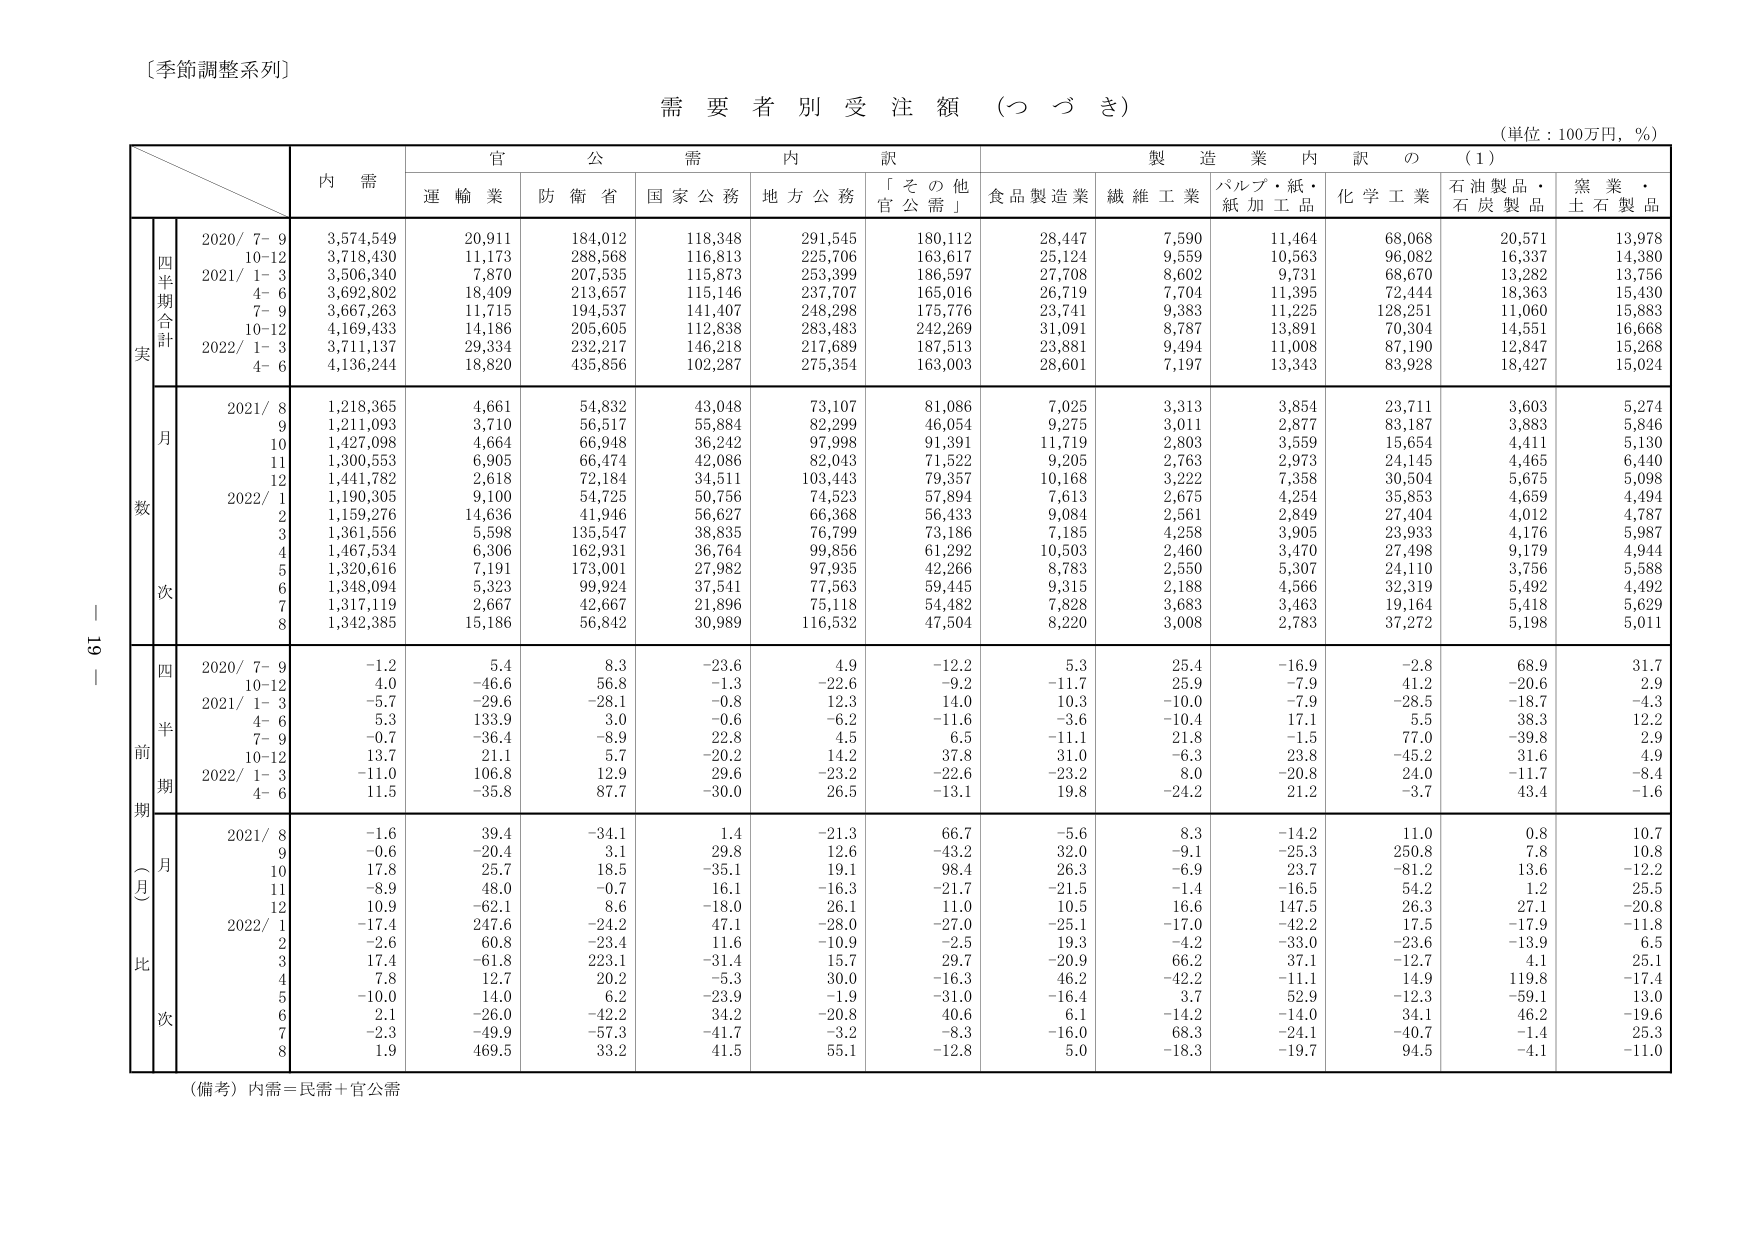
〔季節調整系列〕

需要者別受注額（つづき）

（単位：100万円，％）

内 需
官 公 需 内 訳
製 造 業 内 訳 の （1）

運 輸 業
防 衛 省
国 家 公 務
地 方 公 務
「そ の 他
官 公 需」
食 品 製 造 業
繊 維 工 業
パルプ・紙・
紙 加 工 品
化 学 工 業
石 油 製 品・
石 炭 製 品
窯 業・
土 石 製 品

四半期合計
実
2020/ 7–9
3,574,549
20,911
184,012
118,348
291,545
180,112
28,447
7,590
11,464
68,068
20,571
13,978
10–12
3,718,430
11,173
288,568
116,813
225,706
163,617
25,124
9,559
10,563
96,082
16,337
14,380
2021/ 1–3
3,506,340
7,870
207,535
115,873
253,399
186,597
27,708
8,602
9,731
68,670
13,282
13,756
4–6
3,692,802
18,409
213,657
115,146
237,707
165,016
26,719
7,704
11,395
72,444
18,363
15,430
7–9
3,667,263
11,715
194,537
141,407
248,298
175,776
23,741
9,383
11,225
128,251
11,060
15,883
10–12
4,169,433
14,186
205,605
112,838
283,483
242,269
31,091
8,787
13,891
70,304
14,551
16,668
2022/ 1–3
3,711,137
29,334
232,217
146,218
217,689
187,513
23,881
9,494
11,008
87,190
12,847
15,268
4–6
4,136,244
18,820
435,856
102,287
275,354
163,003
28,601
7,197
13,343
83,928
18,427
15,024

月
数
2021/ 8
1,218,365
4,661
54,832
43,048
73,107
81,086
7,025
3,313
3,854
23,711
3,603
5,274
9
1,211,093
3,710
56,517
55,884
82,299
46,054
9,275
3,011
2,877
83,187
3,883
5,846
10
1,427,098
4,664
66,948
36,242
97,998
91,391
11,719
2,803
3,559
15,654
4,411
5,130
11
1,300,553
6,905
66,474
42,086
82,043
71,522
9,205
2,763
2,973
24,145
4,465
6,440
12
1,441,782
2,618
72,184
34,511
103,443
79,357
10,168
3,222
7,358
30,504
5,675
5,098
2022/ 1
1,190,305
9,100
54,725
50,756
74,523
57,894
7,613
2,675
4,254
35,853
4,659
4,494
2
1,159,276
14,636
41,946
56,627
66,368
56,433
9,084
2,561
2,849
27,404
4,012
4,787
3
1,361,556
5,598
135,547
38,835
76,799
73,186
7,185
4,258
3,905
23,933
4,176
5,987
4
1,467,534
6,306
162,931
36,764
99,856
61,292
10,503
2,460
3,470
27,498
9,179
4,944
5
1,320,616
7,191
173,001
27,982
97,935
42,266
8,783
2,550
5,307
24,110
3,756
5,588
6
1,348,094
5,323
99,924
37,541
77,563
59,445
9,315
2,188
4,566
32,319
5,492
4,492
7
1,317,119
2,667
42,667
21,896
75,118
54,482
7,828
3,683
3,463
19,164
5,418
5,629
8
1,342,385
15,186
56,842
30,989
116,532
47,504
8,220
3,008
2,783
37,272
5,198
5,011

四半期
前
期
（月）
比
次
2020/ 7–9
-1.2
5.4
8.3
-23.6
4.9
-12.2
5.3
25.4
-16.9
-2.8
68.9
31.7
10–12
4.0
-46.6
56.8
-1.3
-22.6
-9.2
-11.7
25.9
-7.9
41.2
-20.6
2.9
2021/ 1–3
-5.7
-29.6
-28.1
-0.8
12.3
14.0
10.3
-10.0
-7.9
-28.5
-18.7
-4.3
4–6
5.3
133.9
3.0
-0.6
-6.2
-11.6
-3.6
-10.4
17.1
5.5
38.3
12.2
7–9
-0.7
-36.4
-8.9
22.8
4.5
6.5
-11.1
21.8
-1.5
77.0
-39.8
2.9
10–12
13.7
21.1
5.7
-20.2
14.2
37.8
31.0
-6.3
23.8
-45.2
31.6
4.9
2022/ 1–3
-11.0
106.8
12.9
29.6
-23.2
-22.6
-23.2
8.0
-20.8
24.0
-11.7
-8.4
4–6
11.5
-35.8
87.7
-30.0
26.5
-13.1
19.8
-24.2
21.2
-3.7
43.4
-1.6

月
比
次
2021/ 8
-1.6
39.4
-34.1
1.4
-21.3
66.7
-5.6
8.3
-14.2
11.0
0.8
10.7
9
-0.6
-20.4
3.1
29.8
12.6
-43.2
32.0
-9.1
-25.3
250.8
7.8
10.8
10
17.8
25.7
18.5
-35.1
19.1
98.4
26.3
-6.9
23.7
-81.2
13.6
-12.2
11
-8.9
48.0
-0.7
16.1
-16.3
-21.7
-21.5
-1.4
-16.5
54.2
1.2
25.5
12
10.9
-62.1
8.6
-18.0
26.1
11.0
10.5
16.6
147.5
26.3
27.1
-20.8
2022/ 1
-17.4
247.6
-24.2
47.1
-28.0
-27.0
-25.1
-17.0
-42.2
17.5
-17.9
-11.8
2
-2.6
60.8
-23.4
11.6
-10.9
-2.5
19.3
-4.2
-33.0
-23.6
-13.9
6.5
3
17.4
-61.8
223.1
-31.4
15.7
29.7
-20.9
66.2
37.1
-12.7
4.1
25.1
4
7.8
12.7
20.2
-5.3
30.0
-16.3
46.2
-42.2
-11.1
14.9
119.8
-17.4
5
-10.0
14.0
6.2
-23.9
-1.9
-31.0
-16.4
3.7
52.9
-12.3
-59.1
13.0
6
2.1
-26.0
-42.2
34.2
-20.8
40.6
6.1
-14.2
-14.0
34.1
46.2
-19.6
7
-2.3
-49.9
-57.3
-41.7
-3.2
-8.3
-16.0
68.3
-24.1
-40.7
-1.4
25.3
8
1.9
469.5
33.2
41.5
55.1
-12.8
5.0
-18.3
-19.7
94.5
-4.1
-11.0

（備考）内需＝民需＋官公需